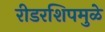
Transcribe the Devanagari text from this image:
रीडरशिपमुळे